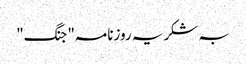
بہ شکریہ روزنامہ"جنگ"